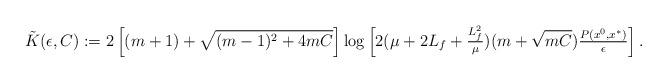
LaTeX: \begin{align*}\tilde K(\epsilon, C) & := 2\left[(m+1) + \sqrt{(m-1)^2 + 4 m C} \right] \log \left[2(\mu +2L_f+\tfrac{L_f^2}{\mu})(m+\sqrt{mC})\tfrac{P(x^{0}, x^*)}{\epsilon}\right]. \end{align*}